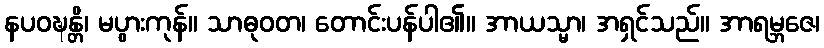
နပဝဍ္ဎန္တိ၊ မပွားကုန်။ သာဓုဝတ၊ တောင်းပန်ပါ၏။ အာယသ္မာ၊ အရှင်သည်။ အာရမ္ဘဇေ၊